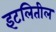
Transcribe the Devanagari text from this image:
इटलितील